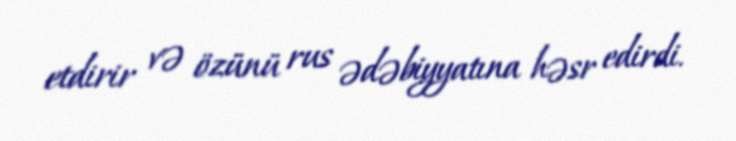
etdirir və özünü rus ədəbiyyatına həsr edirdi.